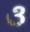
૩